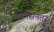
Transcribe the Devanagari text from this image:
कॅलिसनंतर